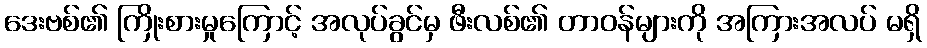
ဒေးဗစ်၏ ကြိုးစားမှုကြောင့် အလုပ်ခွင်မှ ဖီးလစ်၏ တာဝန်များကို အကြားအလပ် မရှိ